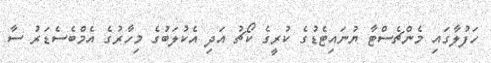
ހަފުލާގައި މެންޗެސްޓާ ޔުނައިޓެޑުގެ ކުރީގެ ކޯޗު އަދި އެކުލަބުގެ މިހާރުގެ އެމްބެސެޑަރު ސާ